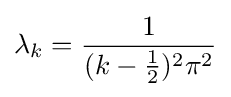
\lambda _{k}={\frac {1}{(k-{\frac {1}{2}})^{2}\pi ^{2}}}